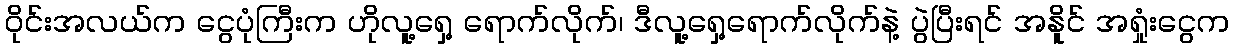
ဝိုင်းအလယ်က ငွေပုံကြီးက ဟိုလူ့ရှေ့ ရောက်လိုက်၊ ဒီလူ့ရှေ့ရောက်လိုက်နဲ့ ပွဲပြီးရင် အနိူင် အရှုံးငွေက